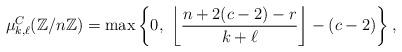
LaTeX: \begin{align*} \mu_{k, \ell}^{C}(\mathbb{Z}/n\mathbb{Z}) = \max \left\{ 0,\ \left\lfloor \frac{n + 2(c-2) - r}{k + \ell} \right\rfloor - (c-2) \right\}, \end{align*}